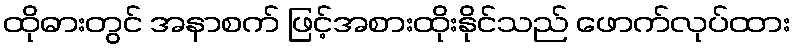
ထိုဓားတွင် အနာစက် ဖြင့်အစားထိုးနိုင်သည် ဖောက်လုပ်ထား